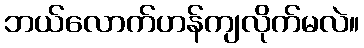
ဘယ်လောက်ဟန်ကျလိုက်မလဲ။